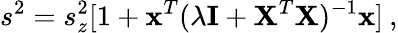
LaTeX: s^{2}=s_{z}^{2}[1+\textbf{x}^{T}(\lambda\textbf{I}+\textbf{X}^{T}\textbf{X})^{-1}\textbf{x}]\: ,